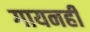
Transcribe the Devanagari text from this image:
गायनही